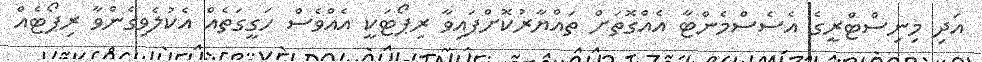
އަދި މިނިސްޓްރީގެ އެސެސްމެންޓާ އެއްގޮތަށް ތައްޔާރުކޮށްފައިވާ ރިޕޯޓަކީ އެއްވެސް ހަގީގަތެއް އެކުލެވިގެންވާ ރިޕޯޓެއް